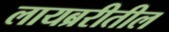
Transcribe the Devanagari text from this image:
लायब्ररीतील